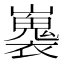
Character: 㠢